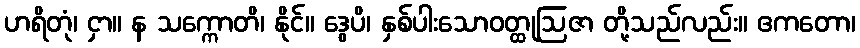
ဟရိတုံ၊ ငှာ။ န သက္ကောတိ၊ နိုင်။ ဒွေပိ၊ နှစ်ပါးသောဝတ္ထုဩဇာ တို့သည်လည်း။ ဧကတော၊